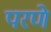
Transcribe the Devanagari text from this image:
परणे